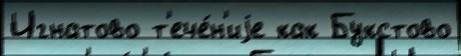
Игнатово т'ече́н'иjе как Букстово